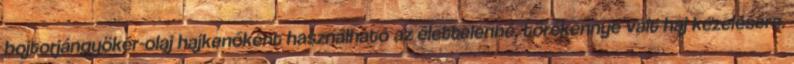
bojtorjángyökér-olaj hajkenőként használható az élettelenné, törékennyé vált haj kezelésére.